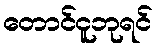
တောင်ငူဘုရင်